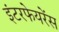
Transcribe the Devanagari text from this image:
इंटरफेयरेंस